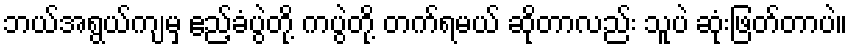
ဘယ်အရွယ်ကျမှ ဧည့်ခံပွဲတို့ ကပွဲတို့ တက်ရမယ် ဆိုတာလည်း သူပဲ ဆုံးဖြတ်တာပဲ။